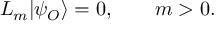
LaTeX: L _ { m } | \psi _ { \cal O } \rangle = 0 , \qquad m > 0 .